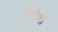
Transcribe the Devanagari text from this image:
रिनेशाँ